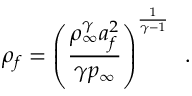
\rho _ { f } = \left( \frac { \rho _ { \infty } ^ { \gamma } a _ { f } ^ { 2 } } { \gamma p _ { \infty } } \right) ^ { \frac { 1 } { \gamma - 1 } } \, \mathrm { ~ . ~ }